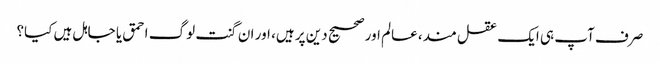
صرف آپ ہی ایک عقل مند، عالم اور صحیح دین پر ہیں، اور ان گنت لوگ احمق یا جاہل ہیں کیا؟